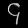
Digit: ၄